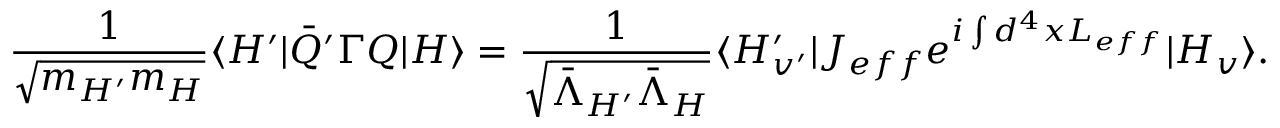
\frac { 1 } { \sqrt { m _ { H ^ { \prime } } m _ { H } } } \langle H ^ { \prime } | \bar { Q } ^ { \prime } \Gamma Q \vert H \rangle = \frac { 1 } { \sqrt { \bar { \Lambda } _ { H ^ { \prime } } \bar { \Lambda } _ { H } } } \langle H _ { v ^ { \prime } } ^ { \prime } \vert J _ { e f f } e ^ { i \int d ^ { 4 } x { \cal L } _ { e f f } } | H _ { v } \rangle .